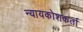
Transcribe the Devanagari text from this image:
न्यायकोशकर्ता